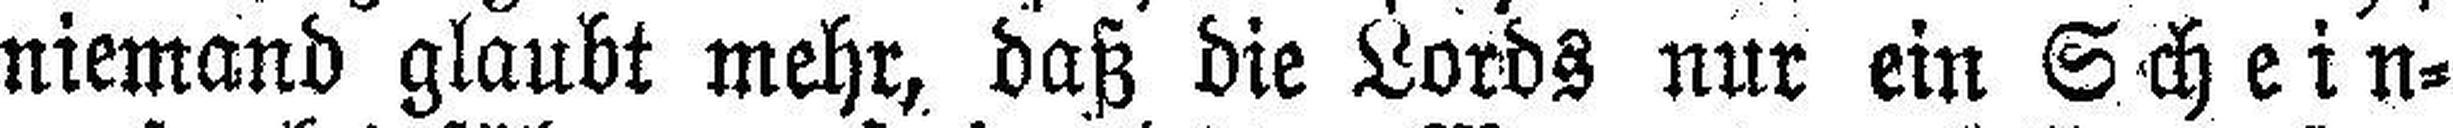
niemand glaubt mehr, daß die Lords nur ein Schein¬